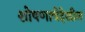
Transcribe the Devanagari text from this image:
शोषणाचेदेखील